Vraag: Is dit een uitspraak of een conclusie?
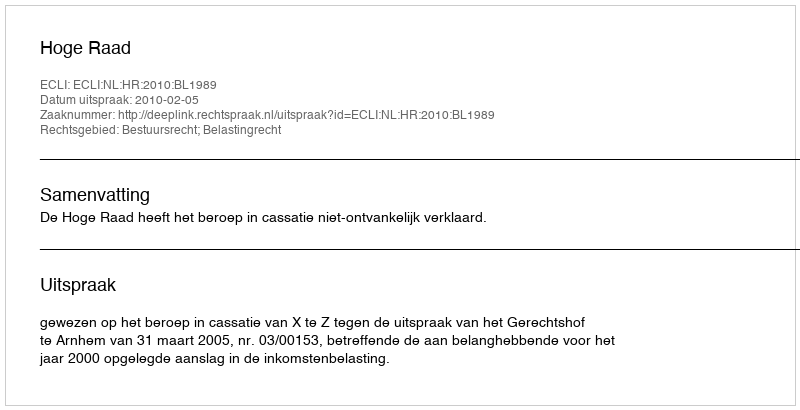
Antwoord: Uitspraak